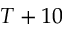
T + 1 0